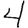
Digit: 4